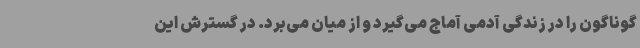
گوناگون را در زندگی آدمی آماج می‌گیرد و از میان می‌برد. در گسترش این